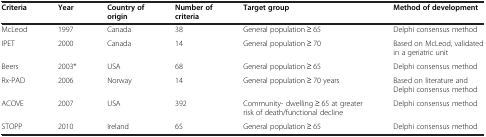
<table><thead><tr><td><b>Criteria</b></td><td><b>Year</b></td><td><b>Country of origin</b></td><td><b>Number of criteria</b></td><td><b>Target group</b></td><td><b>Method of development</b></td></tr></thead><tbody><tr><td>McLeod</td><td>1997</td><td>Canada</td><td>38</td><td>General population ≥ 65</td><td>Delphi consensus method</td></tr><tr><td>IPET</td><td>2000</td><td>Canada</td><td>14</td><td>General population ≥ 70</td><td>Based on McLeod, validated in a geriatric unit</td></tr><tr><td>Beers</td><td>2003*</td><td>USA</td><td>68</td><td>General population ≥ 65</td><td>Delphi consensus method</td></tr><tr><td>Rx-PAD</td><td>2006</td><td>Norway</td><td>14</td><td>General population ≥ 70 years</td><td>Based on literature and Delphi consensus method</td></tr><tr><td>ACOVE</td><td>2007</td><td>USA</td><td>392</td><td>Community- dwelling ≥ 65 at greater risk of death/functional decline</td><td>Delphi consensus method</td></tr><tr><td>STOPP</td><td>2010</td><td>Ireland</td><td>65</td><td>General population ≥ 65</td><td>Delphi consensus method</td></tr></tbody></table>